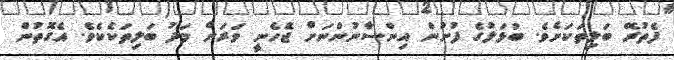
ފެތުރޭ ބަލިތަކަށެވެ. ބުޅަލުގެ ފުށުން އިންސާނުންނަށް ޖެހެނީ ވަރަށް މަދު ބަލިތަކެކެވެ. އެގޮތުން